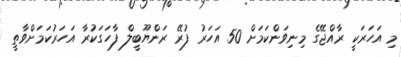
މި އަހަރަކީ ރާއްޖޭގެ މިނިވަންކަމަށް 50 އަހަރު ފުރޭ ރަންޔޫބީލް ފާހަގަކުރާ އަހަރުކަމަށްވާތީ